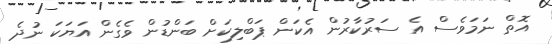
އޮތް ނަމަވެސް އެ ސަރުކާރުން އެކަން ޕަބްލިކަށް ބަންޑުން ވެގެން އަޔަކަ ނުދެ